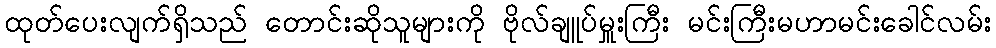
ထုတ်ပေးလျက်ရှိသည် တောင်းဆိုသူများကို ဗိုလ်ချူပ်မှူးကြီး မင်းကြီးမဟာမင်းခေါင်လမ်း